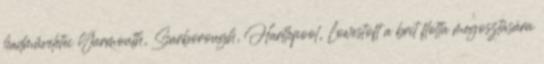
hadműveletei Yarmouth, Scarborough, Hartlepool, Lowestoft a brit flotta megosztására